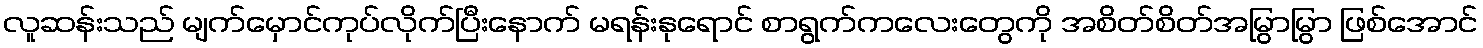
လူဆန်းသည် မျက်မှောင်ကုပ်လိုက်ပြီးနောက် မရန်းနုရောင် စာရွက်ကလေးတွေကို အစိတ်စိတ်အမြွာမြွာ ဖြစ်အောင်